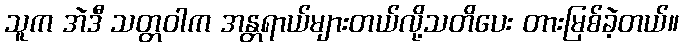
သူက အဲဒီ သတ္တဝါက အန္တရာယ်များတယ်လို့သတိပေး တားမြစ်ခဲ့တယ်။